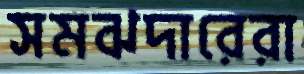
সমঝদারেরা